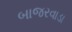
બાજરવાડા